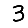
Digit: 3